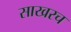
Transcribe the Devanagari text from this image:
साखरच